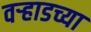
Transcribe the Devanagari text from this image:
वर्‍हाडच्या